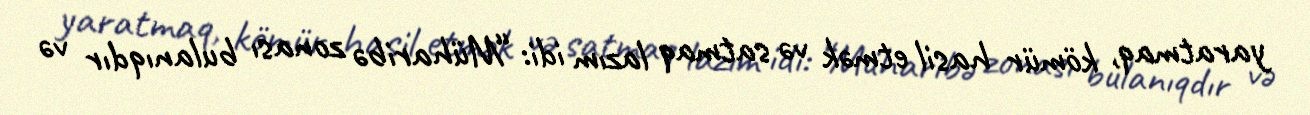
yaratmaq, kömür hasil etmək və satmaq lazım idi: “Müharibə zonası bulanıqdır və